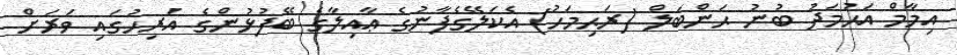
އިމާމް އަޙުމަދު ބުނު ޙަންބަލް (ރަޙިމަހު) އެކަލޭގެފާނުގެ ޢާއިލާގެ ބޭފުޅުންގެ އަރިހުގައި ވަރަށް